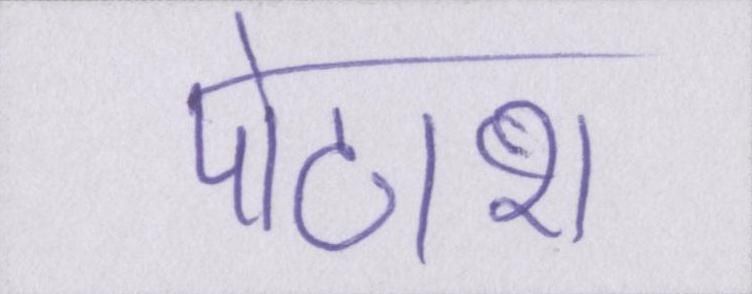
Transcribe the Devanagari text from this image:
पोटाश